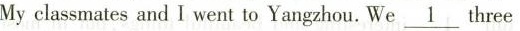
My classmates and I went to Yangzhou. We\underline{1}three